system: You are a helpful assistant.
user:
Analyze the provided spectrum to determine if it is a **White Dwarf (WD)**.

A White Dwarf spectrum is defined by its **extreme purity** (due to gravitational settling) and/or **extreme pressure broadening** (due to high surface gravity). You must check for one of the following mutually exclusive signatures:

- **Key Visual Indicators (Check for ONE of these types):**

    - **1. DA-Type Signature (Most Common):**
        - **(Primary Feature):** Extreme pressure broadening (Stark broadening) of the **Hydrogen (H) Balmer lines**.
        - **(Key Lines):** $H\beta$ (approx. $4861$ Å) and $H\gamma$ (approx. $4340$ Å). $H\alpha$ (approx. $6563$ Å) will also be present if the wavelength range covers it.
        - **(Line Profile):** This is the **defining feature**. The lines are **NOT** sharp. They appear as massive, **extremely broad and deep "troughs" or "dips"** in the spectrum, often hundreds of Ångströms wide. The continuum will appear to "scoop" down at these wavelengths.
        - **(Distinction):** Normal A-type or B-type stars have *narrow* and *sharp* Hydrogen lines. A DA White Dwarf's lines are unmistakably "smeared" or "blurry" from pressure.

    - **2. DB-Type Signature:**
        - **(Primary Feature):** Broad absorption lines from **Neutral Helium (He I)**. The spectrum must lack any visible Hydrogen lines.
        - **(Key Lines):** Look for broad absorption near $4471$ Å, $4921$ Å, and $5876$ Å.
        - **(Line Profile):** These lines are also significantly pressure-broadened, appearing much wider than they would in a normal B-type main-sequence star.

    - **3. DC-Type Signature:**
        - **(Primary Feature):** A **featureless continuous spectrum**.
        - **(Line Profile):** The spectrum is a smooth curve with **no significant absorption or emission lines**.
        - **(Key Confirmation):** The continuum is almost always **blue or white**, indicating a hot object. This signature implies the atmosphere is so pure (or so cool) that no spectral lines are visible in the optical range. Its WD identity is confirmed by its extremely low intrinsic brightness (high absolute magnitude).

    - **4. DZ-Type Signature (Metal-Polluted):**
        - **(Primary Feature):** **Isolated, narrow metal absorption lines** on an otherwise featureless (DC-like) continuum.
        - **(Key Lines):** The **Calcium (Ca II) H & K doublet** (approx. **$3934$ Å** and **$3968$ Å**) is the most common and defining feature.
        - **(Line Profile):** These lines are "out of place." They are *not* part of a "forest" of thousands of lines. This signature is evidence of recent *accretion* (pollution) from rocky debris.
        - **(Distinction):** Normal G/K/M stars have a *dense forest* of thousands of metal lines. A DZ has a *clean* continuum with *only a few* strong metal lines.

    - **5. DQ-Type Signature (Carbon-Polluted):**
        - **(Primary Feature):** Absorption bands from **Carbon (C₂ "Swan Bands" or atomic C I)**.
        - **(Key Lines - C₂):** Look for bandheads with a "saw-tooth" shape near $5635$ Å, **$5165$ Å** (strongest), and $4737$ Å.
        - **(Key Confirmation):** The underlying **continuum must be blue or white** (hot).
        - **(Distinction):** This is the critical difference from a **Carbon Star**, which has the *exact same* C₂ bands but on an extremely **red, cool** continuum.

- **(Overall Spectrum):**
    - The continuum (overall shape) is typically **blue-sloping** (brighter in the blue than the red), as most white dwarfs are very hot.
    - The spectrum will look "pure" or "simple," dominated by only *one* of the five signatures listed above.

Think first, call **spectral_visualization_tool** if needed to examine features in detail, then provide your final answer. Your response must adhere to the following strict rules:
1.  **Overall Structure:** Your response must follow the format `<think>...</think> <tool_call>...</tool_call> (if a tool is used) <answer>...</answer>`.
2.  **Tool Usage Constraint:** You may only make **one** tool call per turn.
3.  **Final Answer Format:** In the `<answer>` tag, your conclusion must be inside a `\boxed{}` command (e.g., `\boxed{YES}` or `\boxed{NO}`), followed by your justification.

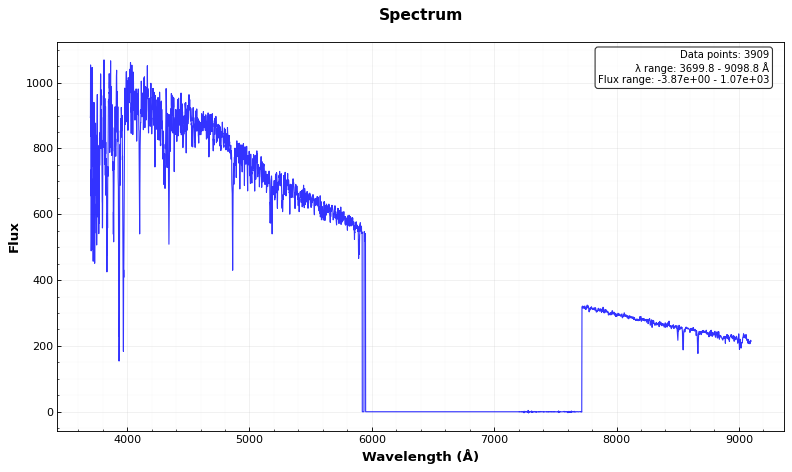
Answer: NO